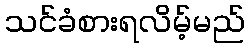
သင်ခံစားရလိမ့်မည်